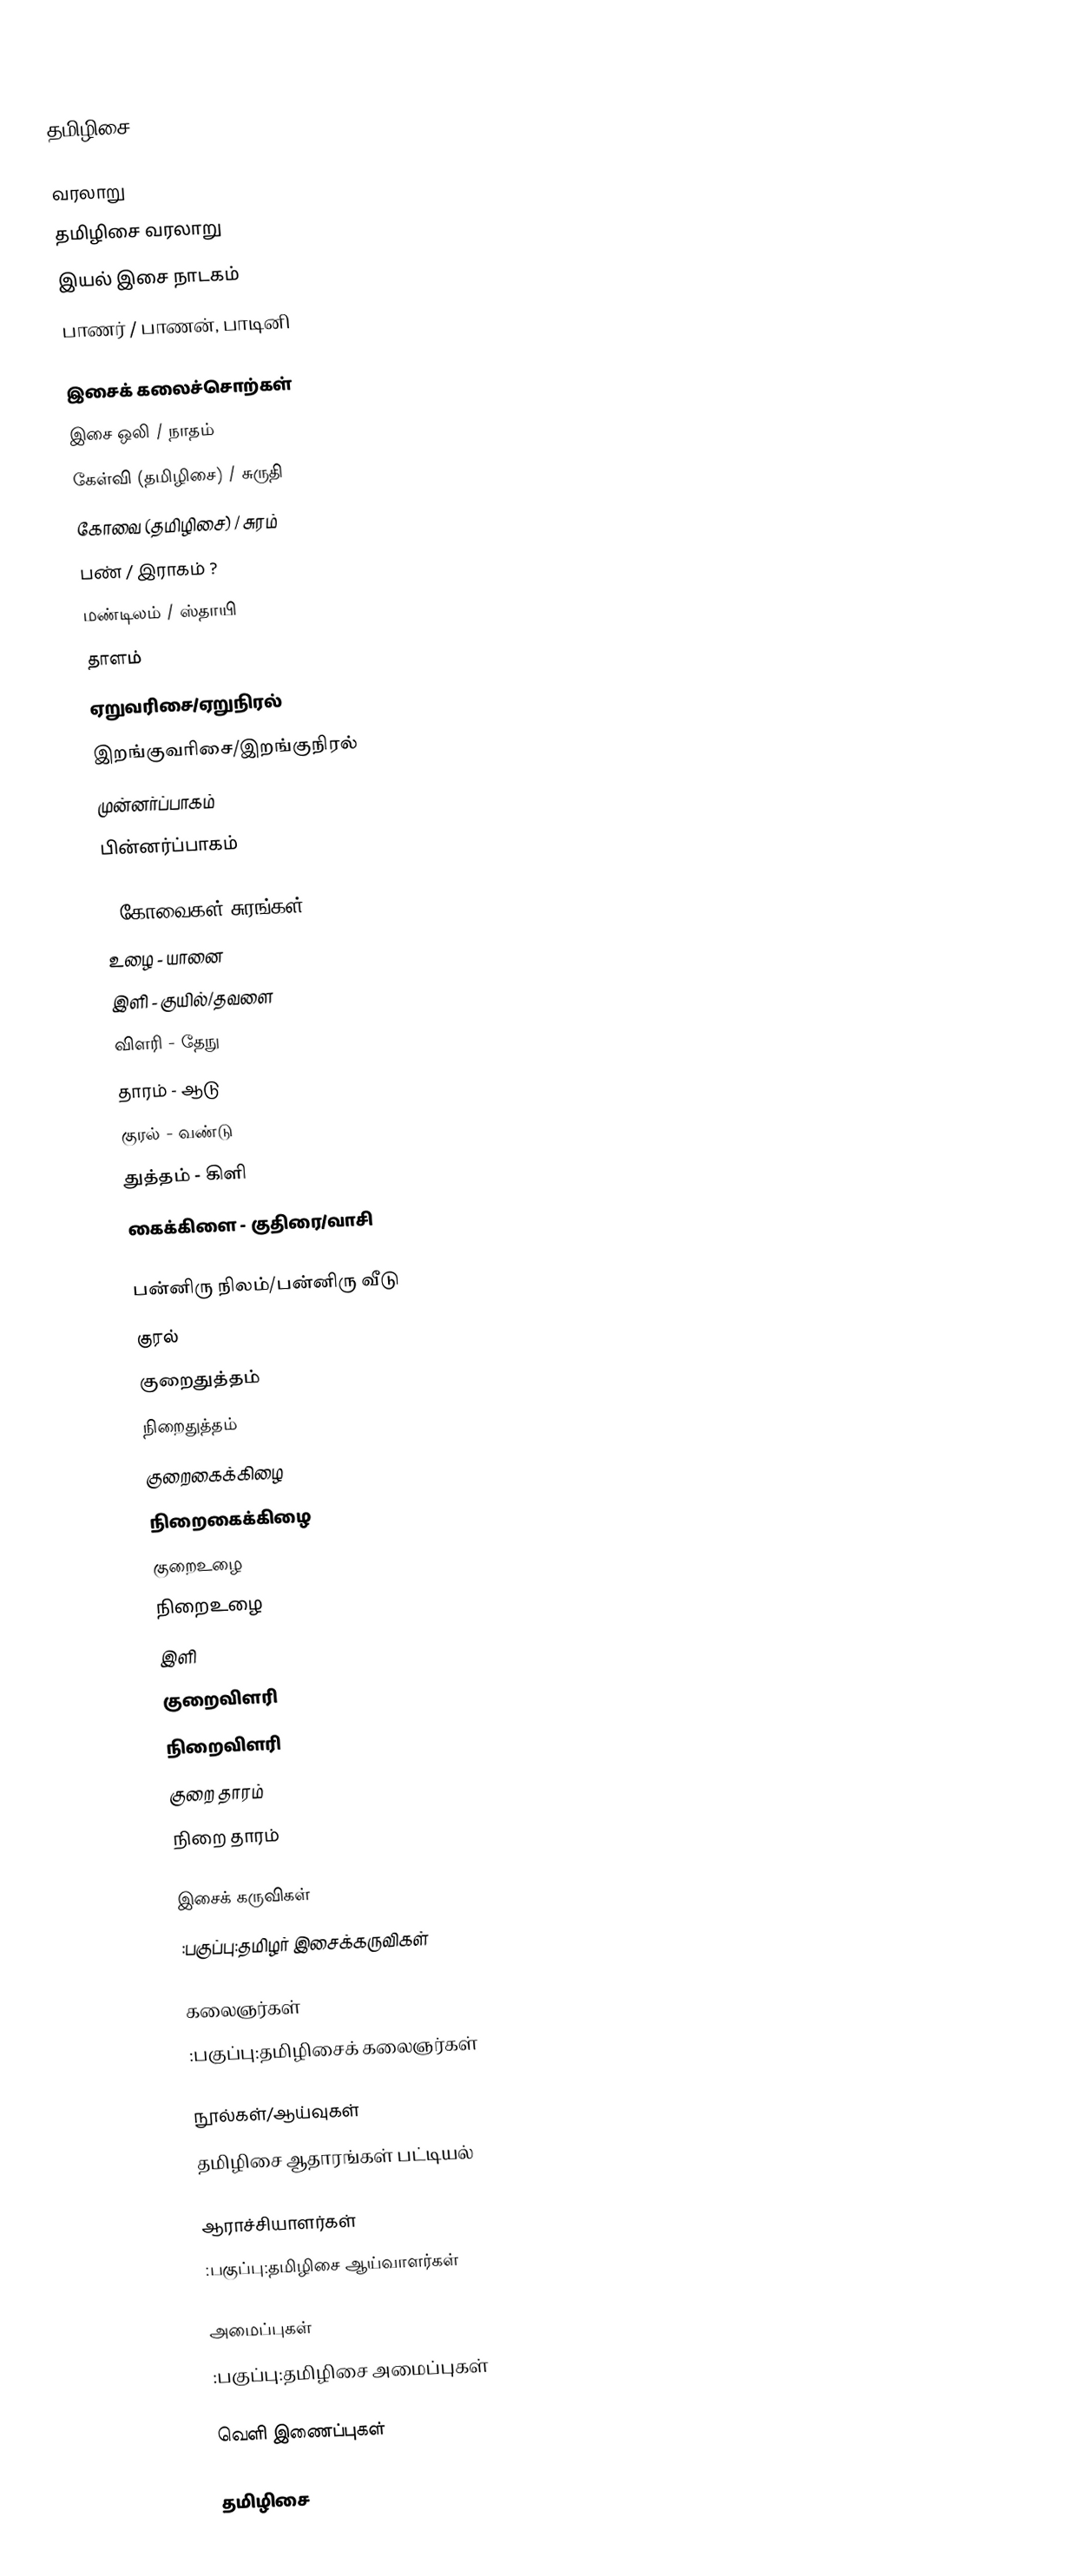
தமிழிசை

வரலாறு
 தமிழிசை வரலாறு
 இயல் இசை நாடகம்
 பாணர் / பாணன், பாடினி

இசைக் கலைச்சொற்கள்
 இசை ஒலி / நாதம்
 கேள்வி (தமிழிசை) / சுருதி
 கோவை (தமிழிசை) / சுரம்
 பண் / இராகம் ?
 மண்டிலம் / ஸ்தாயி
 தாளம்
 ஏறுவரிசை/ஏறுநிரல்
 இறங்குவரிசை/இறங்குநிரல்
 முன்னர்ப்பாகம்
 பின்னர்ப்பாகம்

 7 கோவைகள்/சுரங்கள்
 உழை - யானை
 இளி - குயில்/தவளை
 விளரி - தேநு
 தாரம் - ஆடு
 குரல் - வண்டு
 துத்தம் - கிளி
 கைக்கிளை - குதிரை/வாசி

 பன்னிரு நிலம்/பன்னிரு வீடு
 குரல்
 குறைதுத்தம்
 நிறைதுத்தம்
 குறைகைக்கிழை
 நிறைகைக்கிழை
 குறைஉழை
 நிறைஉழை
 இளி
 குறைவிளரி
 நிறைவிளரி
 குறை தாரம்
 நிறை தாரம்

இசைக் கருவிகள்
 :பகுப்பு:தமிழர் இசைக்கருவிகள்

கலைஞர்கள்
 :பகுப்பு:தமிழிசைக் கலைஞர்கள்

நூல்கள்/ஆய்வுகள்
 தமிழிசை ஆதாரங்கள் பட்டியல்

ஆராச்சியாளர்கள்
 :பகுப்பு:தமிழிசை ஆய்வாளர்கள்

அமைப்புகள்
 :பகுப்பு:தமிழிசை அமைப்புகள்

வெளி இணைப்புகள்

தமிழிசை